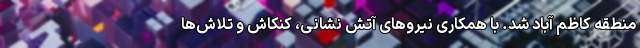
منطقه کاظم آباد شد. با همکاری نیرو‌های آتش نشانی، کنکاش و تلاش‌ها